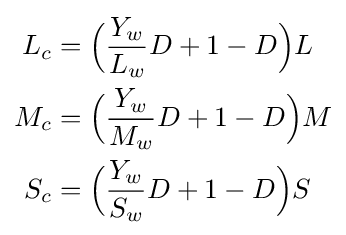
{\begin{aligned}L_{c}&={\Big (}{\frac {Y_{w}}{L_{w}}}D+1-D{\Big )}L\\M_{c}&={\Big (}{\frac {Y_{w}}{M_{w}}}D+1-D{\Big )}M\\S_{c}&={\Big (}{\frac {Y_{w}}{S_{w}}}D+1-D{\Big )}S\\\end{aligned}}